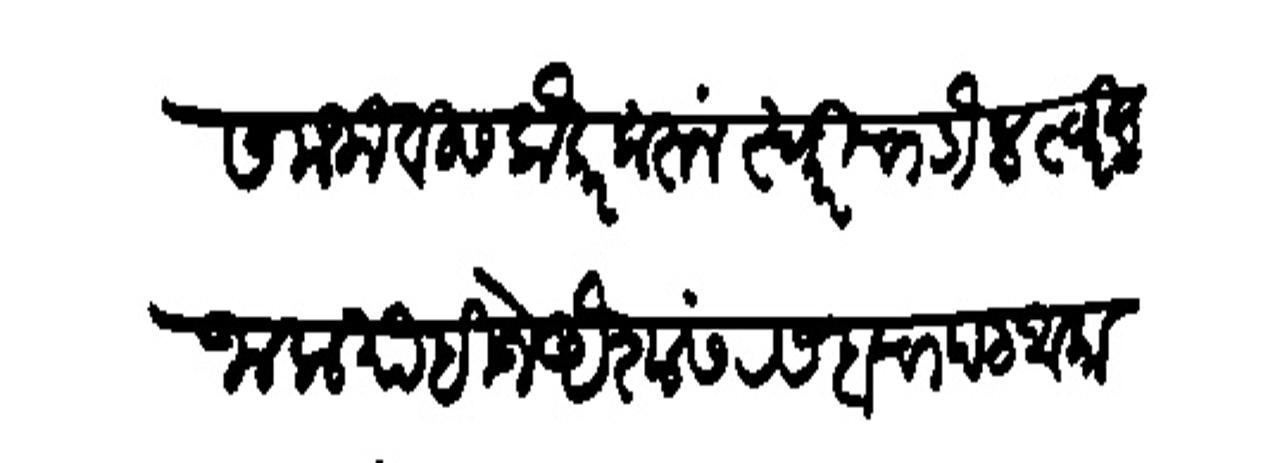
Transliteration (Devanagari): समजावीस लौकर करून स्वारीचा डौल त्वरित जाला पाहिजे ऐशास रसदाचा पट आकारुन